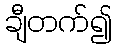
ချီတက်၍